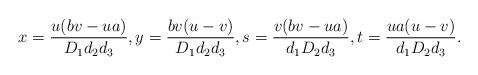
LaTeX: \begin{align*}x=\frac{u(bv-ua)}{D_1d_2d_3},y=\frac{bv(u-v)}{D_1d_2d_3},s=\frac{v(bv-ua)}{d_1D_2d_3},t=\frac{ua(u-v)}{d_1D_2d_3}.\end{align*}